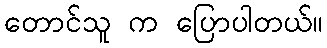
တောင်သူ က ပြောပါတယ်။